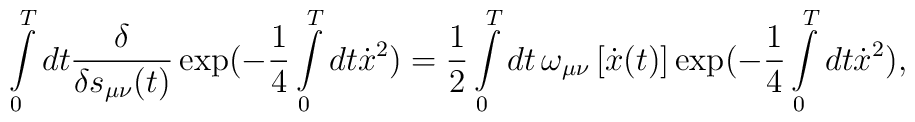
\int\limits_0^T dt\frac{\delta }{{\delta s_{\mu \nu } (t)}}\exp ( - \frac{1}{4}\int\limits_0^T {dt\dot x^2 ) = \frac{1}{2}} \int\limits_0^T dt\,\omega _{\mu \nu } \left[ \dot{x}(t) \right]\exp ( - \frac{1}{4}\int\limits_0^T {dt\dot x^2 } ),